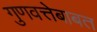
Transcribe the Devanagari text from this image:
गुणवत्तेबाबत